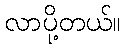
လာပို့တယ်။